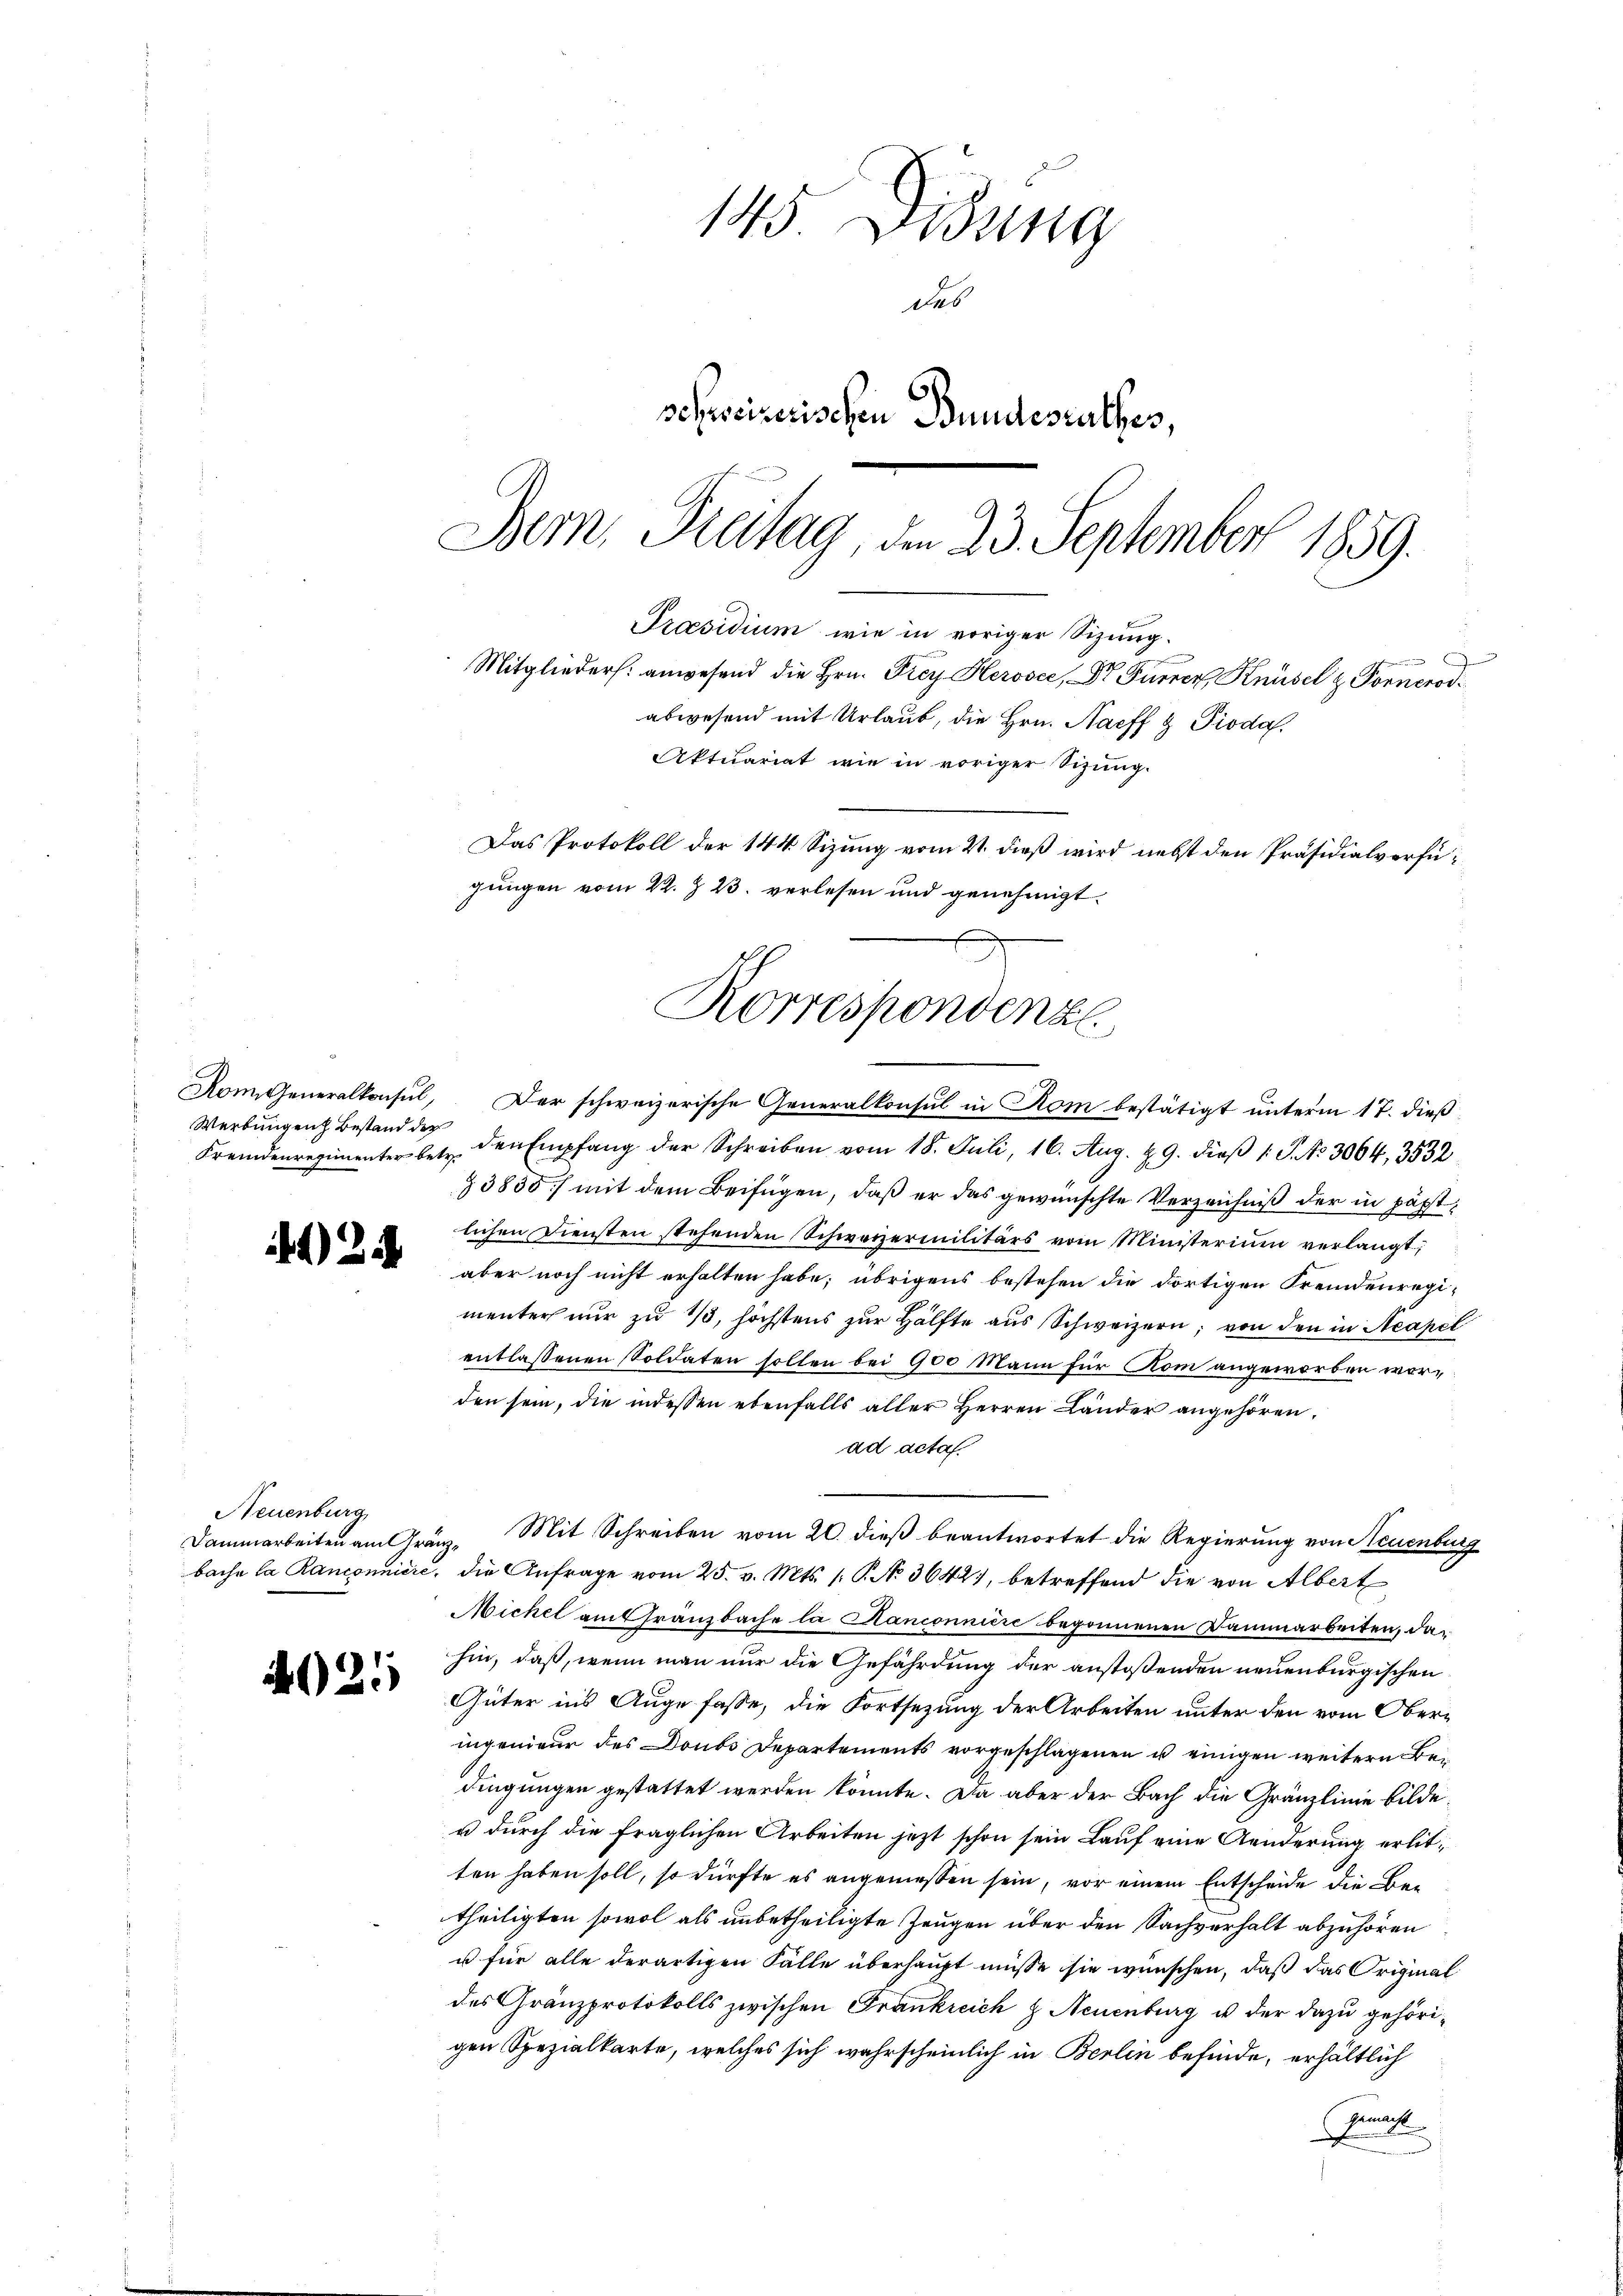
Werkungen Bestand der

142.

Neuenburg,
Dammarbeiten am Grabache la Ranconniere

1021

145 Didung
des
schweizerischen Bundesrathes,

Bern, Freitag, den 23. September 1859.
abwesend mit Urlaub, die Hrn. Haeff & Pioda.
Das Protokoll der 144 Sizung vom 21. dieß wird nebst den Präsidialverfügungen vom 22. § 23. verlesen und genehmigt.
Korrespondenz.

Präsidium, wie in voriger Sizung.
Mitglieder: anwesend die Hrn. Frey Herosee, Dr Furrer Knüsel z. Ponncrod¬

Rom. Generalkonsul, Der schweizerische Generalkonsul in Rom bestätigt unterm 17. dieß
Fremdenregimenter betr. den Empfang der Schreiben vom 18. Juli, 16. Aug. 19. dieß 1 S. No 3064, 3532
§3835 f mit dem Beifügen, daß er das gewünschte Verzeichniß der in pästlichen Diensten stehenden Schweizermilitärs vom Ministerium verlangt;
aber noch nicht erhalten habe; übrigens bestehen die dortigen Fremdenregimenter nur zu 15, höchstens zur Hälfte aus Schweizern; von den in Neapel
entlassenen Soldaten sollen bei 900 Mann für Kom angeworben worden sein, die indessen ebenfalls aller Herren Länder angehören.
ad acta.
Mit Schreiben vom 20. dieß beantwortet die Regierung von Neuenburg
uch.
" die Anfrage vom 25. v. Mts. 1. P. No. 3642), betreffend die von Albert
Michel am Gränzbache la Sanconniere begonnenen Dammarbeiten, dahin, daß, wenn man nur die Gefährdung der anstoßenden neuenburgischen
Güter ins Auge fasse, die Fortsetzung der Arbeiten unter den vom Oberingenieur des Donts Departements vorgeschlagenen u einigen weitern Bedingungen gestattet werden könnte. Da aber der Bach die Gränzlinie bilde¬
u durch die fraglichen Arbeiten jezt schon sein Lauf eine Aenderung erlitten haben soll, so dürfte es angemeßen sein, vor einem Entscheide die Betheiligten sowol als unbetheiligte Zeugen über den Sachverhalt abzuhören
u für alle derartigen Fälle überhaupt müsse sie wünschen, daß das Original
des Gränzprotokolls zwischen Frankreich & Neuenburg u der dazu gehörigen Spezialkarte, welches sich wahrscheinlich in Berlin befinde, erhältlich
smitt

Aktuariat wie in voriger Sizung.